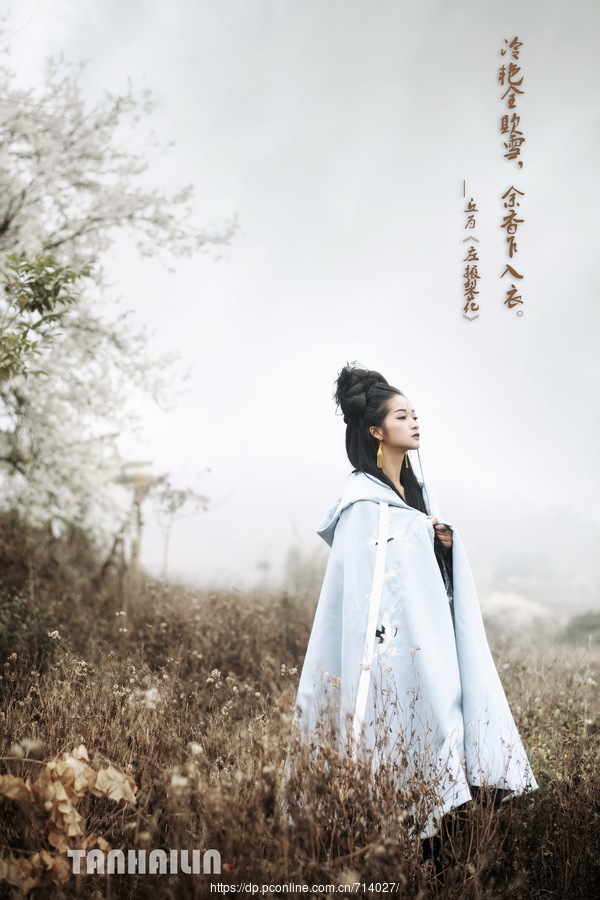
冷艳全欺雪，余香乍入衣。